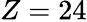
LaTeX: Z=24